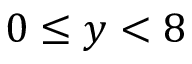
\ 0 \leq y < 8